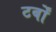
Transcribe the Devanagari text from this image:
टर्बों